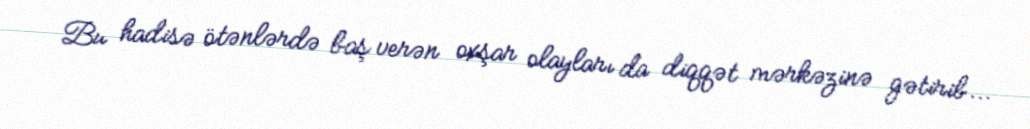
Bu hadisə ötənlərdə baş verən oxşar olayları da diqqət mərkəzinə gətirib...